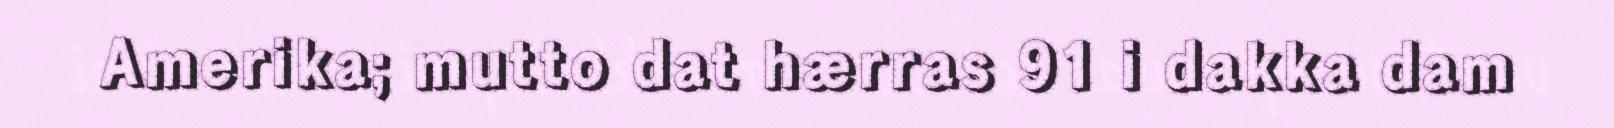
Amerika; mutto dat hærras 91 i dakka dam